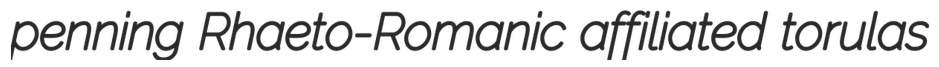
penning Rhaeto-Romanic affiliated torulas